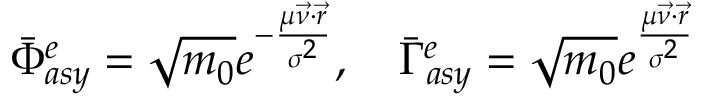
\bar { \Phi } _ { a s y } ^ { e } = \sqrt { m _ { 0 } } e ^ { - \frac { \mu \vec { \nu } \cdot \vec { r } } { \sigma ^ { 2 } } } , \quad \bar { \Gamma } _ { a s y } ^ { e } = \sqrt { m _ { 0 } } e ^ { \frac { \mu \vec { \nu } \cdot \vec { r } } { \sigma ^ { 2 } } }